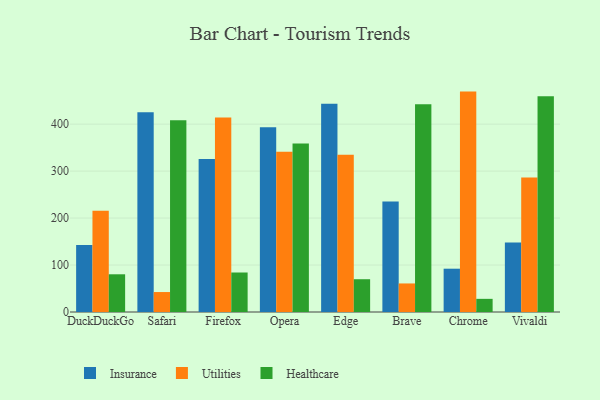
{"axis": {"x": "Browser", "y": "Customer Acquisition Cost (USD)"}, "legend": ["Healthcare", "Insurance", "Utilities"], "data": [{"x": "DuckDuckGo", "y": 142.4, "type": "Insurance"}, {"x": "DuckDuckGo", "y": 215.5, "type": "Utilities"}, {"x": "DuckDuckGo", "y": 80.3, "type": "Healthcare"}, {"x": "Safari", "y": 425.5, "type": "Insurance"}, {"x": "Safari", "y": 42.5, "type": "Utilities"}, {"x": "Safari", "y": 408.4, "type": "Healthcare"}, {"x": "Firefox", "y": 325.6, "type": "Insurance"}, {"x": "Firefox", "y": 413.9, "type": "Utilities"}, {"x": "Firefox", "y": 84.1, "type": "Healthcare"}, {"x": "Opera", "y": 393.3, "type": "Insurance"}, {"x": "Opera", "y": 341.3, "type": "Utilities"}, {"x": "Opera", "y": 359.0, "type": "Healthcare"}, {"x": "Edge", "y": 443.4, "type": "Insurance"}, {"x": "Edge", "y": 334.8, "type": "Utilities"}, {"x": "Edge", "y": 69.8, "type": "Healthcare"}, {"x": "Brave", "y": 235.5, "type": "Insurance"}, {"x": "Brave", "y": 60.8, "type": "Utilities"}, {"x": "Brave", "y": 442.6, "type": "Healthcare"}, {"x": "Chrome", "y": 92.2, "type": "Insurance"}, {"x": "Chrome", "y": 469.3, "type": "Utilities"}, {"x": "Chrome", "y": 28.0, "type": "Healthcare"}, {"x": "Vivaldi", "y": 147.8, "type": "Insurance"}, {"x": "Vivaldi", "y": 286.5, "type": "Utilities"}, {"x": "Vivaldi", "y": 459.5, "type": "Healthcare"}]}